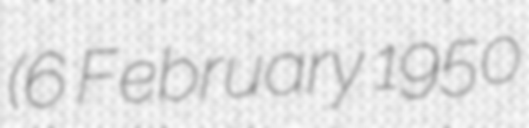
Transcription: (6 February 1950